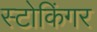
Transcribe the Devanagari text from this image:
स्टोकिंगर